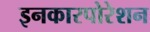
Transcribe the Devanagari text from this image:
इनकारपोरेशन